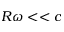
R \omega < < c